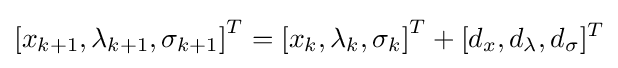
\left[x_{k+1},\lambda _{k+1},\sigma _{k+1}\right]^{T}=\left[x_{k},\lambda _{k},\sigma _{k}\right]^{T}+[d_{x},d_{\lambda },d_{\sigma }]^{T}